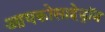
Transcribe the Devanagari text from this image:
आयकोसाहेड्रॉन